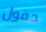
حقول